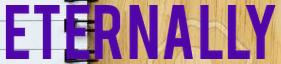
ETERNALLY